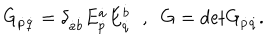
G _ { \dot { p } \dot { q } } = \delta _ { \dot { a } \dot { b } } E _ { \dot { p } } ^ { \dot { a } } E _ { \dot { q } } ^ { \dot { b } } \; \; , \; \; G = \mathrm { d e t } G _ { \dot { p } \dot { q } } .